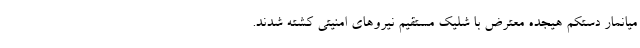
میانمار دستکم هیجده معترض با شلیک مستقیم نیروهای امنیتی کشته شدند.